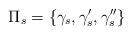
LaTeX: \begin{align*}\Pi_s=\{\gamma_s,\gamma'_s,\gamma''_s\}\end{align*}